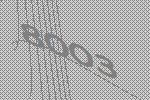
8003